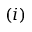
( \romannumeral 1 )